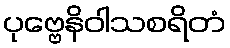
ပုဗ္ဗေနိဝါသစရိတံ